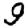
Digit: 9